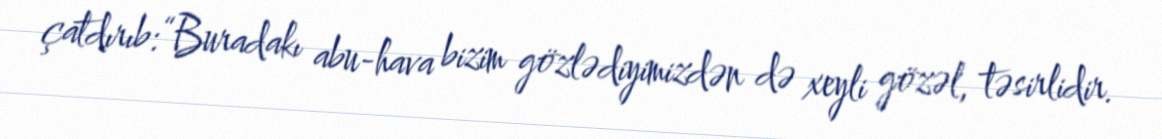
çatdırıb:“Buradakı abu-hava bizim gözlədiyimizdən də xeyli gözəl, təsirlidir.